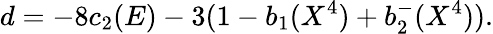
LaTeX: d=-8c_{2}(E)-3(1-b_{1}(X^{4})+b_{2}^{-}(X^{4})).